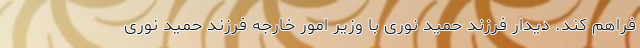
فراهم کند. دیدار فرزند حمید نوری با وزیر امور خارجه فرزند حمید نوری